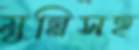
মুন্নিসহ